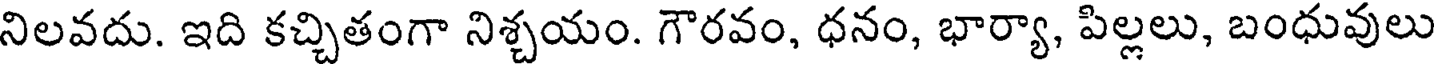
నిలవదు. ఇది కచ్చితంగా నిశ్చయం. గౌరవం, ధనం, భార్యా, పిల్లలు, బంధువులు